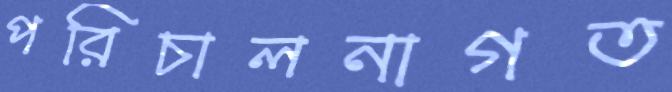
পরিচালনাগত